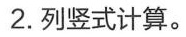
2.列竖式计算。